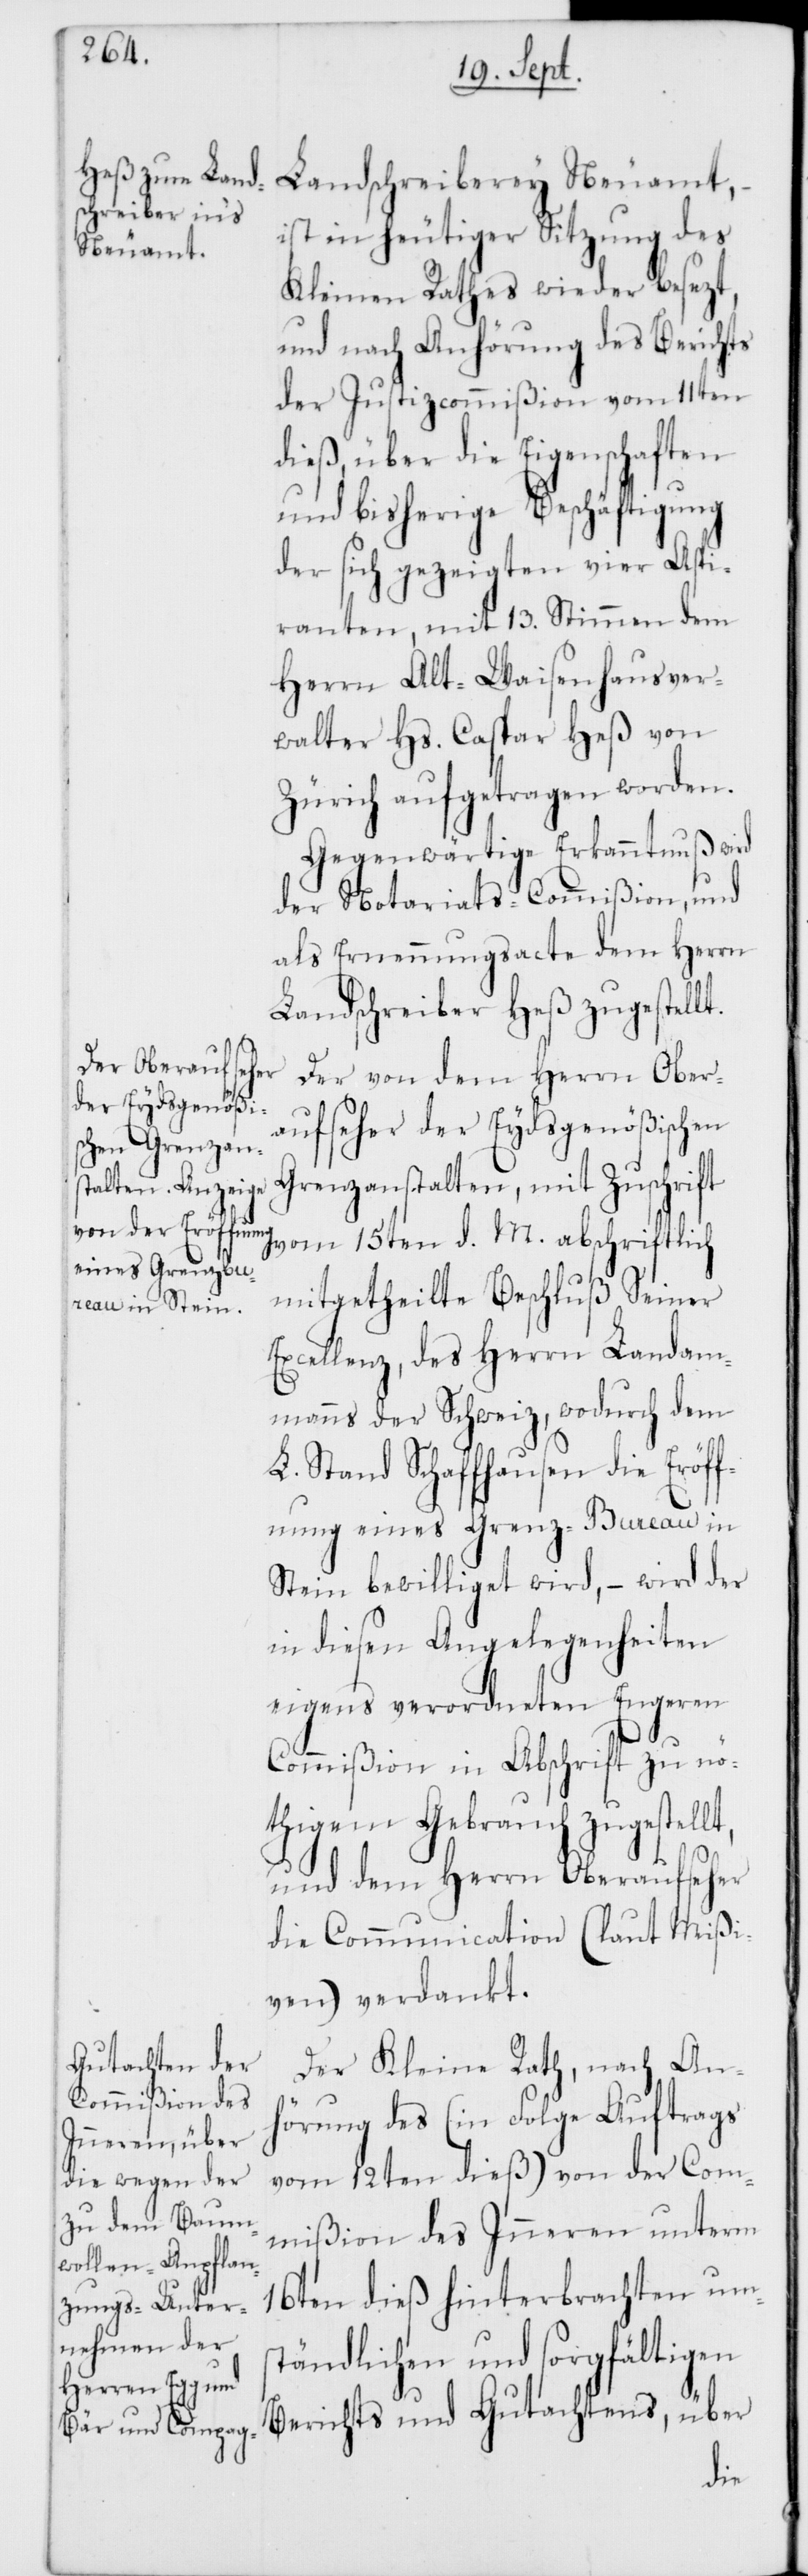
Landschreiberey Neuamt,
ist in heutiger Sitzung des
Kleinen Rathes wieder besezt,
und nach Anhörung des Berichts
der Justizcommißion vom 11ten
dieß, über die Eigenschaften
und bisherige Beschäftigung
der sich gezeigten vier Aspi¬
ranten, mit 13. Stimmen dem
Herrn Alt Waisenhausver¬
walter Hs. Caspar Heß von
Zürich aufgetragen worden.
Gegenwärtige Erkanntnu wird
der Notariats-Commißion, und
als Ernennungsacte dem Herrn
Landschreiber Heß zugestellt.
Der von dem Herrn Ober¬
aufseher der Eydsgenößischen
Grenzanstalten, mit Zuschrift
vom 15ten d. M. abschriftlich
mitgetheilte Beschluß Seiner
Excellenz, des Herrn Landam¬
manns der Schweiz, wodurch dem
L. Stand Schaffhausen die Eröff¬
nung eines Grenz-Bureau in
Stein bewilliget wird, – wird der
in diesen Angelegenheiten
eigens verordneten Engeren
Commißion in Abschrift zu nö¬
thigem Gebrauch zugestell¬
t, und dem Herrn Oberaufseher
die Communication (laut Mißi¬
ven) verdankt.
Der Kleine Rath, nach An¬
hörung des (in Folge Auftrags
vom 12ten dieß) von der Com¬
mißion des Inneren unterm
16ten dieß hinterbrachten ums¬
tändlichen und sorgfältigen